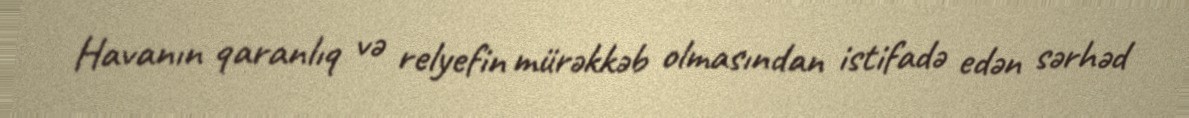
Havanın qaranlıq və relyefin mürəkkəb olmasından istifadə edən sərhəd